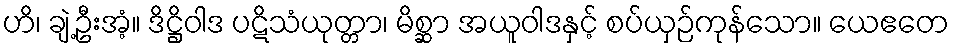
ဟိ၊ ချဲ့ဦးအံ့။ ဒိဋ္ဌိဝါဒ ပဋိသံယုတ္တာ၊ မိစ္ဆာ အယူဝါဒနှင့် စပ်ယှဉ်ကုန်သော။ ယေဧတေ